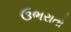
ઉભરાતો